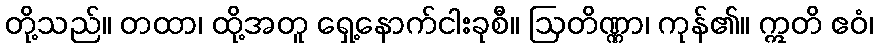
တို့သည်။ တထာ၊ ထို့အတူ ရှေ့နောက်ငါးခုစီ။ ဩတိဏ္ဏာ၊ ကုန်၏။ ဣတိ ဧဝံ၊